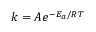
k = A e ^ { - E _ { a } / R T }